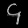
Digit: ၄